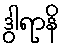
ဒွါရာနိ